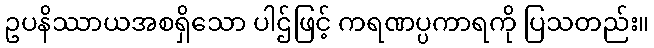
ဥပနိဿာယအစရှိသော ပါဌ်ဖြင့် ကရဏပ္ပကာရကို ပြသတည်း။